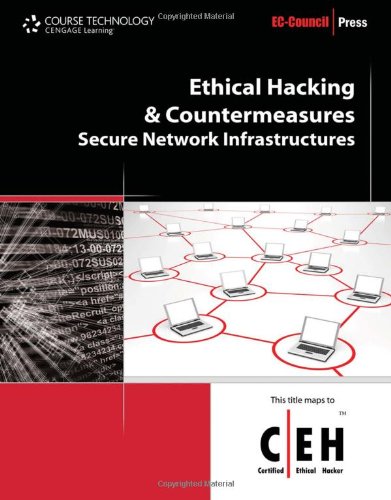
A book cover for Ethical Hacking and Countermeasures: Secure Network Infrastructures (EC-Council Press); EC-Council; Computers & Technology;